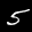
Label: 5